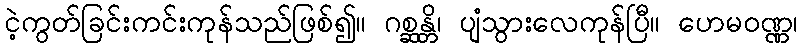
ငဲ့ကွတ်ခြင်းကင်းကုန်သည်ဖြစ်၍။ ဂစ္ဆန္တိ၊ ပျံသွားလေကုန်ပြီ။ ဟေမဝဏ္ဏ၊